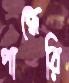
পান্ধেরি